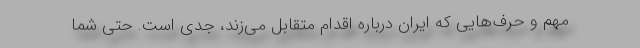
مهم و حرف‌هایی که ایران درباره اقدام متقابل می‌زند، جدی است. حتی شما